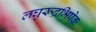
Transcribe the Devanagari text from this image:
लघुरूद्रभिषेक